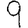
Digit: 9